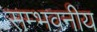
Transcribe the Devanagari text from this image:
सम्भवनीय